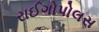
રાઈગોપોલસ